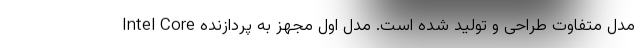
مدل متفاوت طراحی و تولید شده است. مدل اول مجهز به پردازنده Intel Core